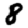
Digit: 8